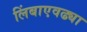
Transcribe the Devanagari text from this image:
लिंबाएवढ्या